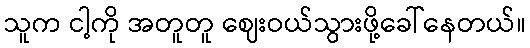
သူက ငါ့ကို အတူတူ ဈေးဝယ်သွားဖို့ခေါ်နေတယ်။